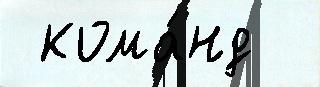
 кома́нд